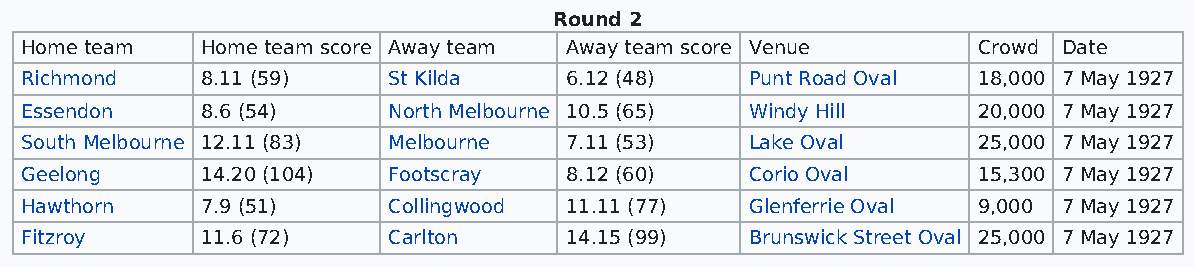
Round 2
 Home team   Home team score Away team Away team score Venue     Crowd Date
 Richmond    8.11 (59)    St Kilda   6.12 (48)    Punt Road Oval 18,000 7 May 1927
 Essendon    8.6 (54)     North Melbourne 10.5 (65) Windy Hill   20,000 7 May 1927
 South Melbourne 12.11 (83) Melbourne 7.11 (53)   Lake Oval      25,000 7 May 1927
 Geelong     14.20 (104)  Footscray  8.12 (60)    Corio Oval     15,300 7 May 1927
 Hawthorn    7.9 (51)     Collingwood 11.11 (77)  Glenferrie Oval 9,000 7 May 1927
 Fitzroy     11.6 (72)    Carlton    14.15 (99)   Brunswick Street Oval 25,000 7 May 1927